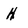
Character: h